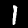
Label: 1